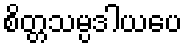
စိတ္တသမ္ပဒါယပေ